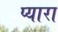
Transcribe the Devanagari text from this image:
प्‍यारा